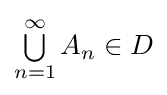
\textstyle \bigcup \limits _{n=1}^{\infty }A_{n}\in D